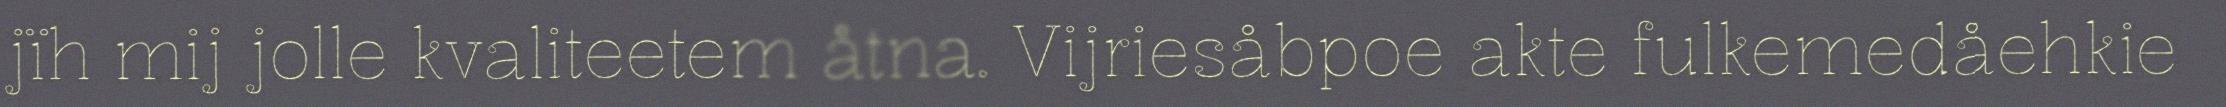
jïh mij jolle kvaliteetem åtna. Vijriesåbpoe akte fulkemedåehkie